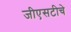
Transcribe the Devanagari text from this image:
जीएसटीचे